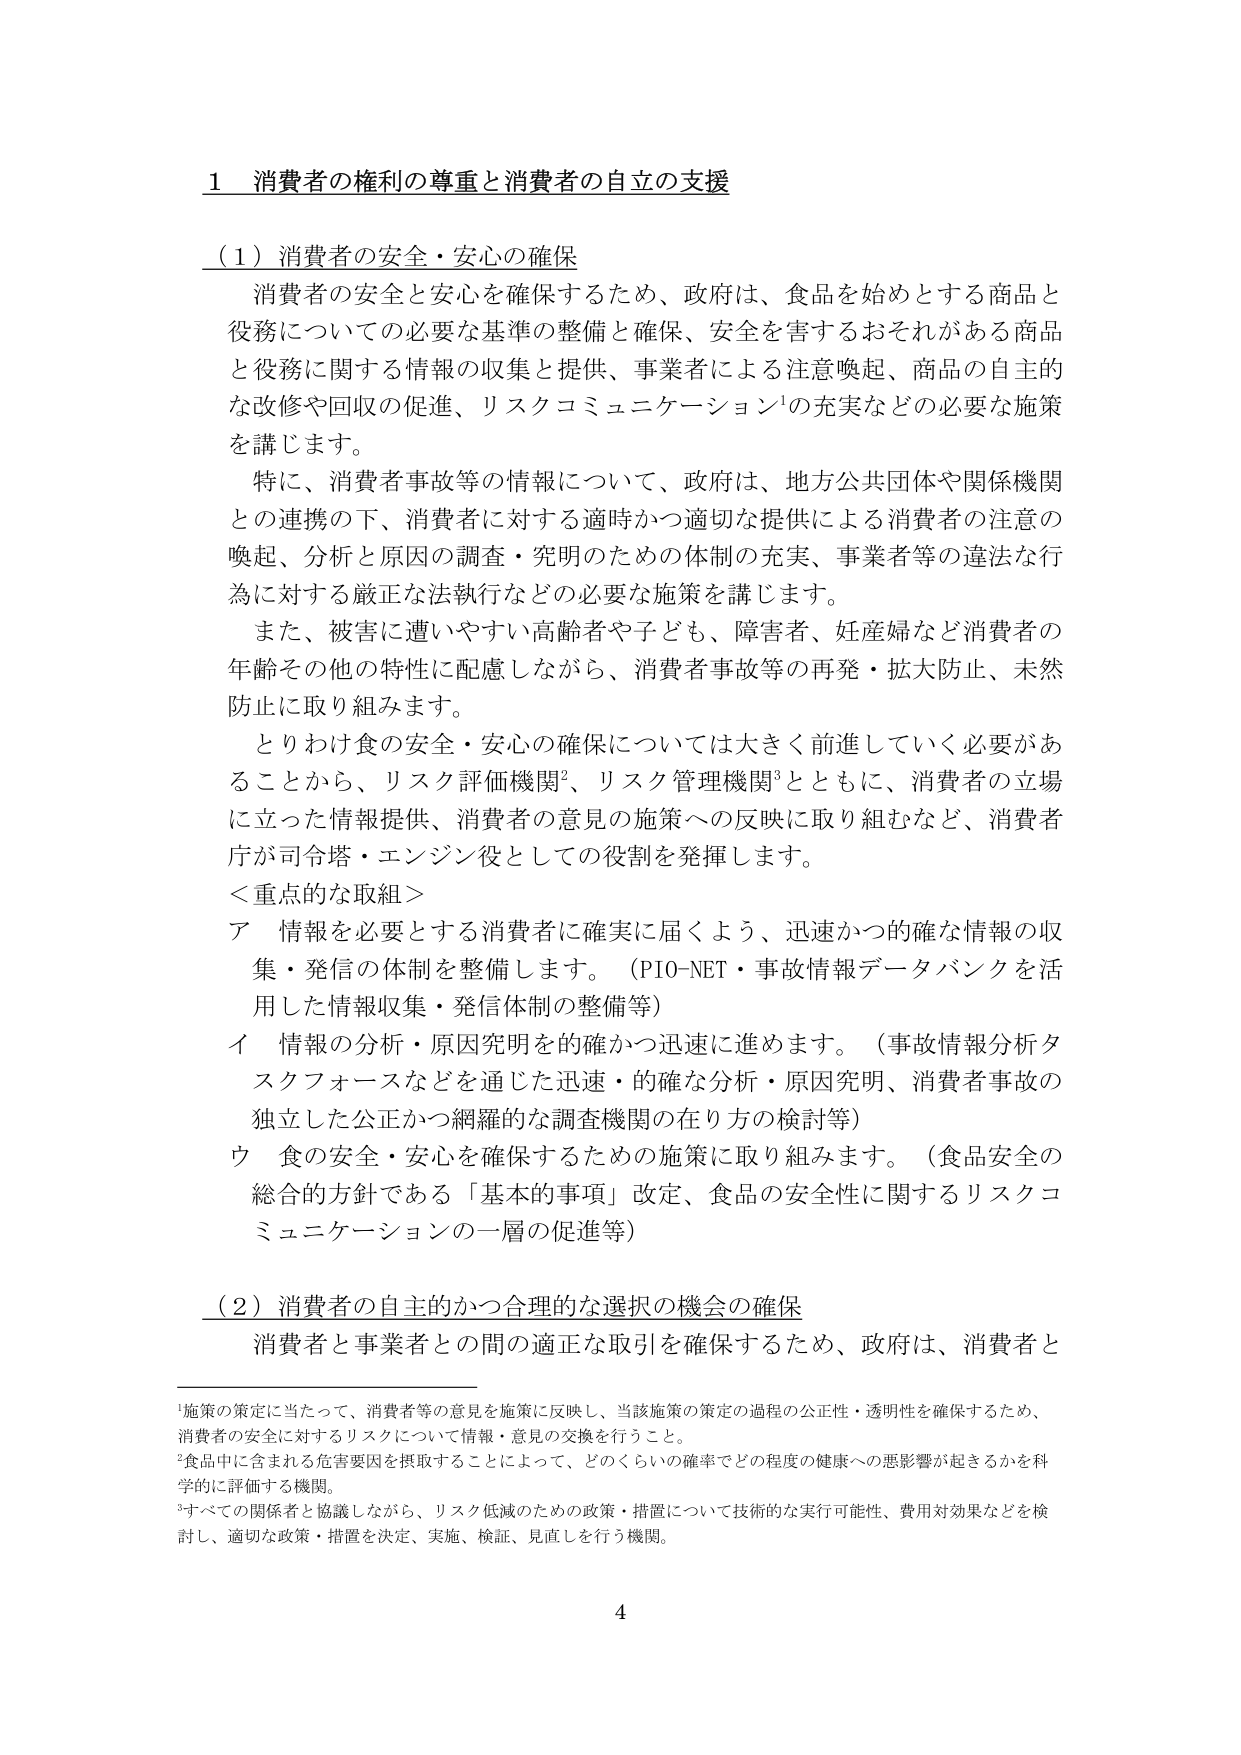
1 消費者の権利の尊重と消費者の自立の支援

（1）消費者の安全・安心の確保

消費者の安全と安心を確保するため、政府は、食品を始めとする商品と役務についての必要な基準の整備と確保、安全を害するおそれがある商品と役務に関する情報の収集と提供、事業者による注意喚起、商品の自主的な改修や回収の促進、リスクコミュニケーション¹の充実などの必要な施策を講じます。

特に、消費者事故等の情報について、政府は、地方公共団体や関係機関との連携の下、消費者に対する適時かつ適切な提供による消費者の注意の喚起、分析と原因の調査・究明のための体制の充実、事業者等の違法な行為に対する厳正な法執行などの必要な施策を講じます。

また、被害に遭いやすい高齢者や子ども、障害者、妊産婦など消費者の年齢その他の特性に配慮しながら、消費者事故等の再発・拡大防止、未然防止に取り組みます。

とりわけ食の安全・安心の確保については大きく前進していく必要があることから、リスク評価機関²、リスク管理機関³とともに、消費者の立場に立った情報提供、消費者の意見の施策への反映に取り組むなど、消費者庁が司令塔・エンジン役としての役割を発揮します。

＜重点的な取組＞

ア 情報を必要とする消費者に確実に届くよう、迅速かつ的確な情報の収集・発信の体制を整備します。（PIO-NET・事故情報データバンクを活用した情報収集・発信体制の整備等）

イ 情報の分析・原因究明を的確かつ迅速に進めます。（事故情報分析タスクフォースなどを通じた迅速・的確な分析・原因究明、消費者事故の独立した公正かつ網羅的な調査機関の在り方の検討等）

ウ 食の安全・安心を確保するための施策に取り組みます。（食品安全の総合の方針である「基本的事項」改定、食品の安全性に関するリスクコミュニケーションの一層の促進等）

（2）消費者の自主的かつ合理的な選択の機会の確保

消費者と事業者との間の適正な取引を確保するため、政府は、消費者と

¹施策の策定に当たって、消費者等の意見を施策に反映し、当該施策の策定の過程の公正性・透明性を確保するため、消費者の安全に対するリスクについて情報・意見の交換を行うこと。

²食品中に含まれる危害要因を摂取することによって、どのくらいの確率でどの程度の健康への悪影響が起きるかを科学的に評価する機関。

³すべての関係者と協議しながら、リスク低減のための政策・措置について技術的な実行可能性、費用対効果などを検討し、適切な政策・措置を決定、実施、検証、見直しを行う機関。

4